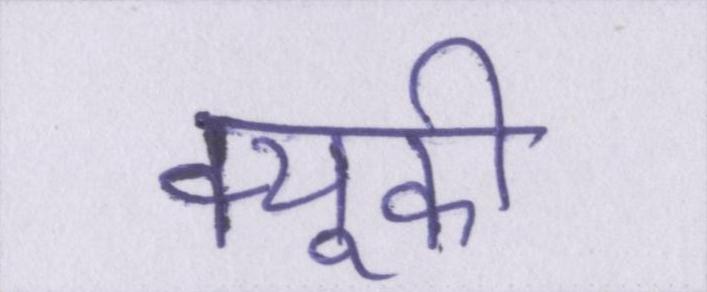
क्यूकी